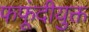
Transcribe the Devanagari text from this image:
फफूंदीयुक्त